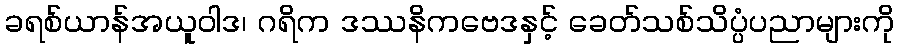
ခရစ်ယာန်အယူဝါဒ၊ ဂရိက ဒဿနိကဗေဒနှင့် ခေတ်သစ်သိပ္ပံပညာများကို